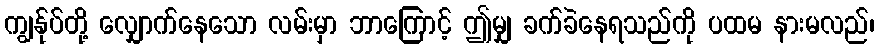
ကျွန်ုပ်တို့ လျှောက်နေသော လမ်းမှာ ဘာကြောင့် ဤမျှ ခက်ခဲနေရသည်ကို ပထမ နားမလည်၊